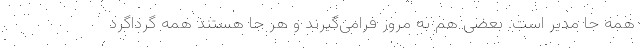
همه جا مدیر است. بعضی هم به مرور فرامی‌گیرند و هر جا هستند همه گرداگرد